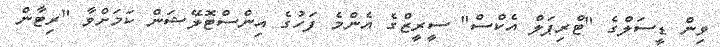
ވިން ޑީސަލްގެ "ޓްރިޕަލް އެކްސް" ސީރީޒްގެ އެންމެ ފަހުގެ އިންސްޓޮލޭޝަން ކަމަށްވާ "ރިޓާން